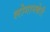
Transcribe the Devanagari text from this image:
लोगानबेरी